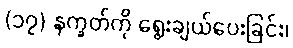
(၁၇) နက္ခတ်ကို ရွေးချယ်ပေးခြင်း၊